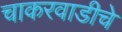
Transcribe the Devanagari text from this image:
चाकरवाडीचे